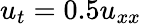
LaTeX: u_{t}=0.5u_{xx}